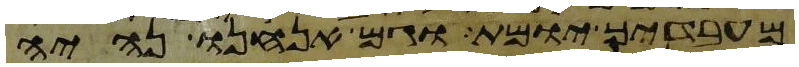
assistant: מעבדיך יומת וגם אנחנו נהיה